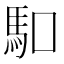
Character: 𠺎